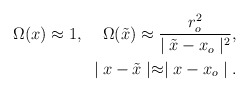
\begin{align*}\Omega(x)\approx1 ,\;\;\;\;\Omega(\tilde{x})\approx{r^2_o\over\mid\tilde{x}-x_o\mid^2},\\\,\,\, \mid x-\tilde{x}\mid\approx\mid x-x_o\mid.\end{align*}